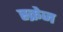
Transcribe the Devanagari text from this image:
स्क्रेज